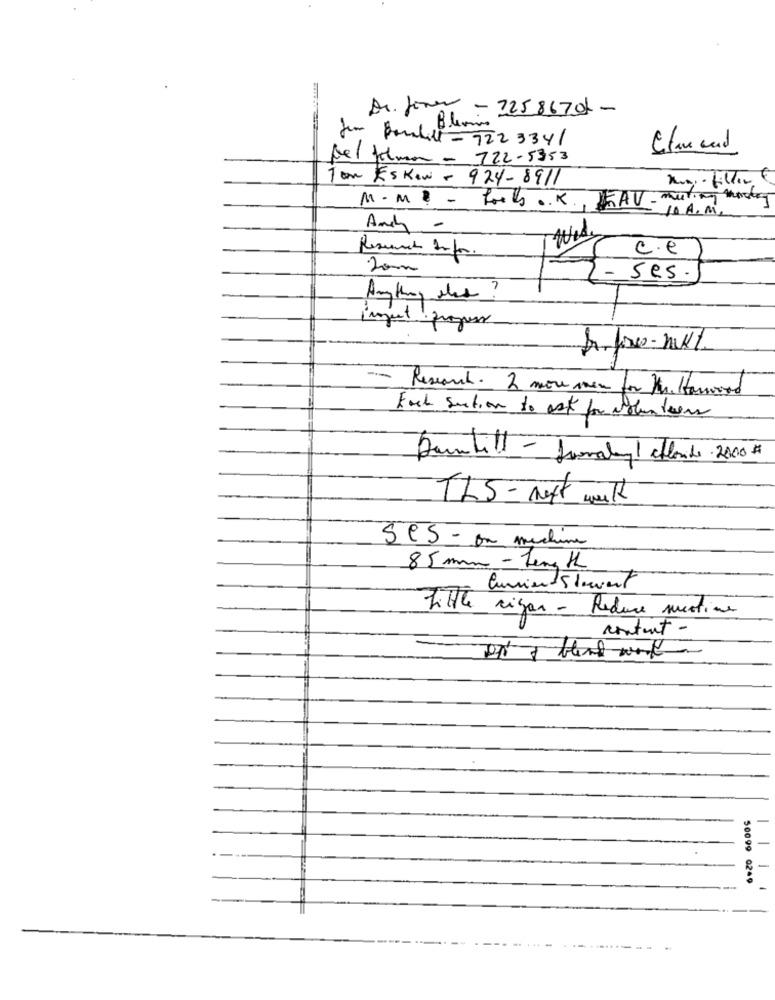
Dr. Jones - 22586701 -
, Blir
Jem Paulill - 922 3341
Clan and
Del felman - 722-5353
Tom ESkew - 924- 8911
Kun- filler €
M. M ? - fools .K ., AV-
10 A.M.
Andy -
c.e
Resumen Infor.
ses.
inject progress
- Research. 2 move men for Me. Harwood
Each section to ask for volunteers
Dauntill - fromalan chloride . 2000#
TLS - next month
SCS - ou machine
85 mm - Lens /L
CurrientStewart
Little rigor - Reduce mestine
content-
-
50099 0249